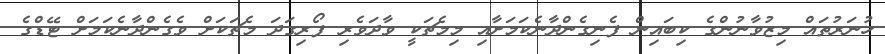
ހުނަރުތައް މިޒުވާނުންގެ ކިބައިން ފެނިގެންދާނެކަމަށާއި މިމެޗަކީ ވާދަވެރި ފޯރިގަދަ މެޗަކަށް ވެގެންދާނެކަމަށް ޓޭޑްގެ